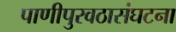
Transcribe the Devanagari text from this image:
पाणीपुरवठासंघटना